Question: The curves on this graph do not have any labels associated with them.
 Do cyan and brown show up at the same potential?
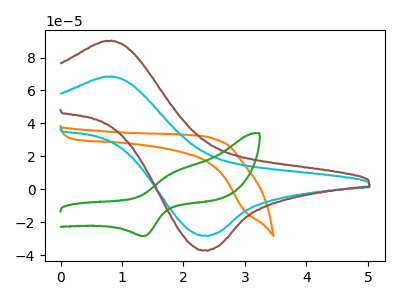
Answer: <think>The orange curve "orange" has no peaks. The cyan curve "cyan" has an anodic peak at (0.85V, 68.40uA) and a cathodic peak at (2.35V, -28.05uA). The green curve "green" has an anodic peak at (1.80V, 9.90uA) and a cathodic peak at (1.35V, -28.30uA). The brown curve "brown" has an anodic peak at (0.85V, 90.10uA) and a cathodic peak at (2.35V, -36.95uA).
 All the peaks in "cyan" have a peak in "brown" at the same potential. Every peak in "cyan" is lower than every peak in "brown".</think>
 <answer>"cyan" and "brown" are similar in shape.</answer>
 <eval>same_shape</eval>